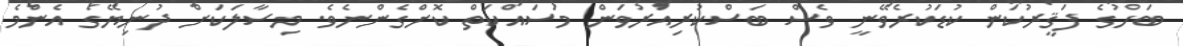
ބަހުގެ ފަޤީރުކަން ކުޑަކުރެވޭނީ ވެސް ބަސްކުރިއަރުވަން މަސައްކަތް ކޮށްގެންނެވެ. މިސާލަކަށް ދުނިޔޭގެ އެންމެ